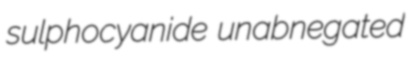
sulphocyanide unabnegated